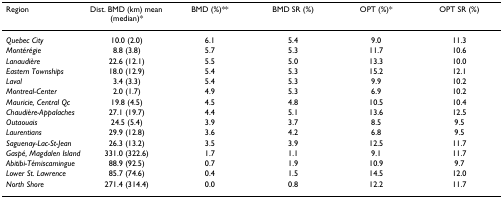
<table><thead><tr><td><b>Region</b></td><td><b>Dist. BMD (km) mean (median)*</b></td><td><b>BMD (%)**</b></td><td><b>BMD SR (%)</b></td><td><b>OPT (%)*</b></td><td><b>OPT SR (%)</b></td></tr></thead><tbody><tr><td><i>Quebec City</i></td><td>10.0 (2.0)</td><td>6.1</td><td>5.4</td><td>9.0</td><td>11.3</td></tr><tr><td><i>Montérégie</i></td><td>8.8 (3.8)</td><td>5.7</td><td>5.3</td><td>11.7</td><td>10.6</td></tr><tr><td><i>Lanaudière</i></td><td>22.6 (12.1)</td><td>5.5</td><td>5.0</td><td>13.3</td><td>10.0</td></tr><tr><td><i>Eastern Townships</i></td><td>18.0 (12.9)</td><td>5.4</td><td>5.3</td><td>15.2</td><td>12.1</td></tr><tr><td><i>Laval</i></td><td>3.4 (3.3)</td><td>5.4</td><td>5.3</td><td>9.9</td><td>10.2</td></tr><tr><td><i>Montreal-Center</i></td><td>2.0 (1.7)</td><td>4.9</td><td>5.3</td><td>6.9</td><td>10.2</td></tr><tr><td><i>Mauricie, Central Qc</i></td><td>19.8 (4.5)</td><td>4.5</td><td>4.8</td><td>10.5</td><td>10.4</td></tr><tr><td><i>Chaudière-Appalaches</i></td><td>27.1 (19.7)</td><td>4.4</td><td>5.1</td><td>13.6</td><td>12.5</td></tr><tr><td><i>Outaouais</i></td><td>24.5 (5.4)</td><td>3.9</td><td>3.7</td><td>8.5</td><td>9.5</td></tr><tr><td><i>Laurentians</i></td><td>29.9 (12.8)</td><td>3.6</td><td>4.2</td><td>6.8</td><td>9.5</td></tr><tr><td><i>Saguenay-Lac-St-Jean</i></td><td>26.3 (13.2)</td><td>3.5</td><td>3.9</td><td>12.5</td><td>11.7</td></tr><tr><td><i>Gaspé, Magdalen Island</i></td><td>331.0 (322.6)</td><td>1.7</td><td>1.1</td><td>9.1</td><td>11.7</td></tr><tr><td><i>Abitibi-Témiscamingue</i></td><td>88.9 (92.5)</td><td>0.7</td><td>1.9</td><td>10.9</td><td>9.7</td></tr><tr><td><i>Lower St. Lawrence</i></td><td>85.7 (74.6)</td><td>0.4</td><td>1.5</td><td>14.5</td><td>12.0</td></tr><tr><td><i>North Shore</i></td><td>271.4 (314.4)</td><td>0.0</td><td>0.8</td><td>12.2</td><td>11.7</td></tr></tbody></table>